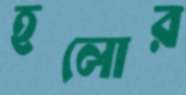
হলোর